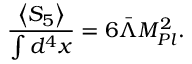
\frac { \left< S _ { 5 } \right> } { \int d ^ { 4 } x } = 6 \bar { \Lambda } M _ { P l } ^ { 2 } .